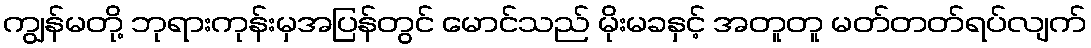
ကျွန်မတို့ ဘုရားကုန်းမှအပြန်တွင် မောင်သည် မိုးမခနှင့် အတူတူ မတ်တတ်ရပ်လျက်